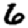
Digit: 6